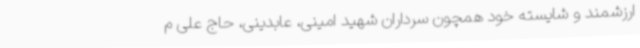
ارزشمند و شایسته خود همچون سرداران شهید امینی، عابدینی، حاج علی م